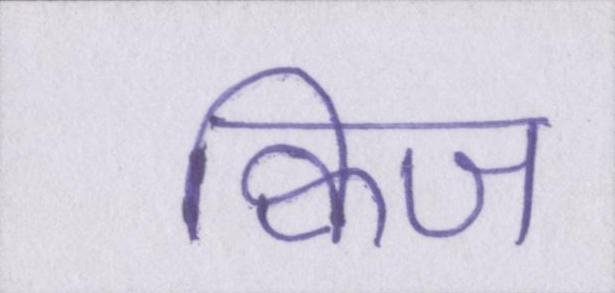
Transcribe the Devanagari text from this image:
क्विज